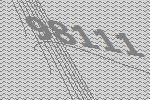
98111